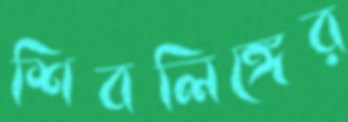
শিবলিঙ্গের